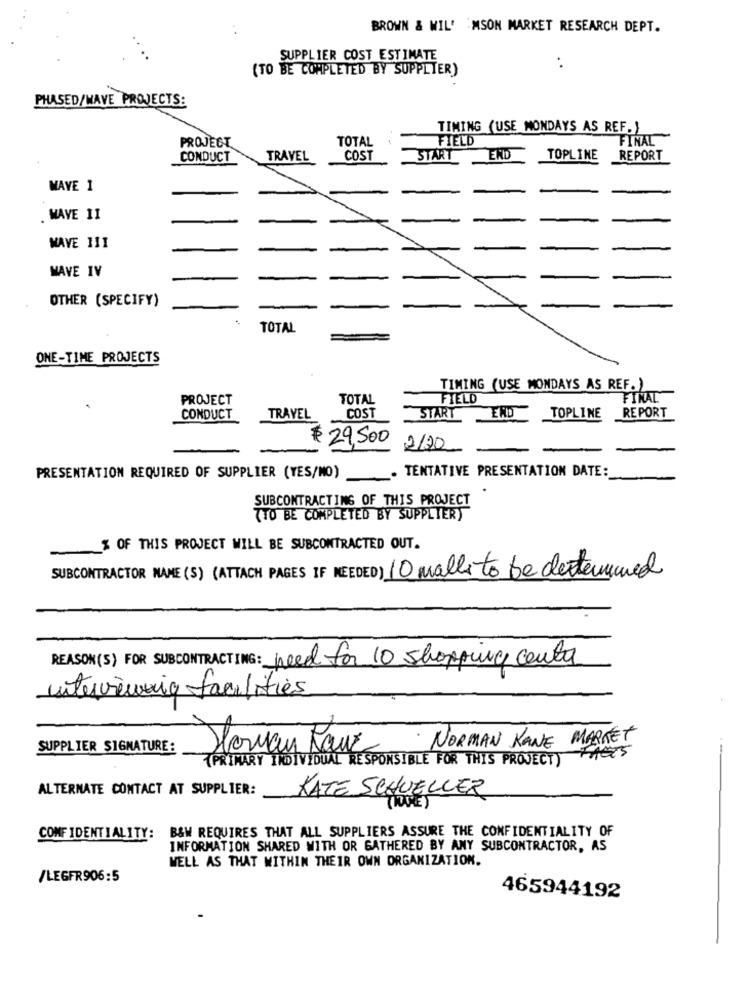
BROWN & WIL' :MSON MARKET RESEARCH DEPT.
SUPPLIER COST ESTIMATE
(TO BE COMPLETED BY SUPPLIER)
PHASED/WAVE PROJECTS:
TIMING (USE MONDAYS AS REF. )
PROJECT
TOTAL
FIELD
FINAL
CONDUCT
TRAVEL
COST
START
END
TOPLINE
REPORT
WAVE 1
WAVE II
-
WAVE 111
WAVE IV
-
-
OTHER (SPECIFY)
TOTAL
ONE-TIME PROJECTS
TIMING (USE MONDAYS AS REF. )
PROJECT
TOTAL
FIELD
FINAL
TRAVEL
COST
ERD
REPORT
CONDUCT
START
TOPLINE
$ 29,500
2120
PRESENTATION REQUIRED OF SUPPLIER (YES/NO)
TENTATIVE PRESENTATION DATE:
SUBCONTRACTING OF THIS PROJECT
(TO BE COMPLETED BY SUPPLIER)
% OF THIS PROJECT WILL BE SUBCONTRACTED OUT.
SUBCONTRACTOR NAME (S) (ATTACH PAGES IF NEEDED) 10 malli to be determined
REASON(S) FOR SUBCONTRACTING: need for 10 shopping centa
interviewing facilities
·NORMAN KANE MARKET
SUPPLIER SIGNATURE:
Somay Rouz
FACTS
{PRIMARY INDIVIDUAL RESPONSIBLE FOR THIS PROJECT)
ALTERNATE CONTACT AT SUPPLIER:
KATE SCHUELLER
B&W REQUIRES THAT ALL SUPPLIERS ASSURE THE CONFIDENTIALITY OF
CONFIDENTIALITY:
INFORMATION SHARED WITH OR GATHERED BY ANY SUBCONTRACTOR, AS
WELL AS THAT WITHIN THEIR OWN ORGANIZATION.
/LEGFR906:5
465944192